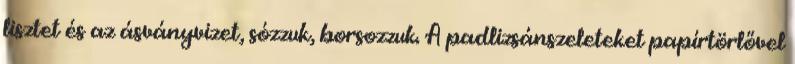
lisztet és az ásványvizet, sózzuk, borsozzuk. A padlizsánszeleteket papírtörlővel